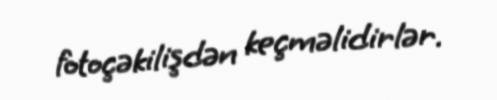
fotoçəkilişdən keçməlidirlər.